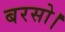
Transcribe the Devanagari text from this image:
बरसो।